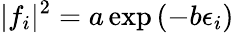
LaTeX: \lvert f_{i}\rvert^{2}=a\exp{(-b\epsilon_{i})}